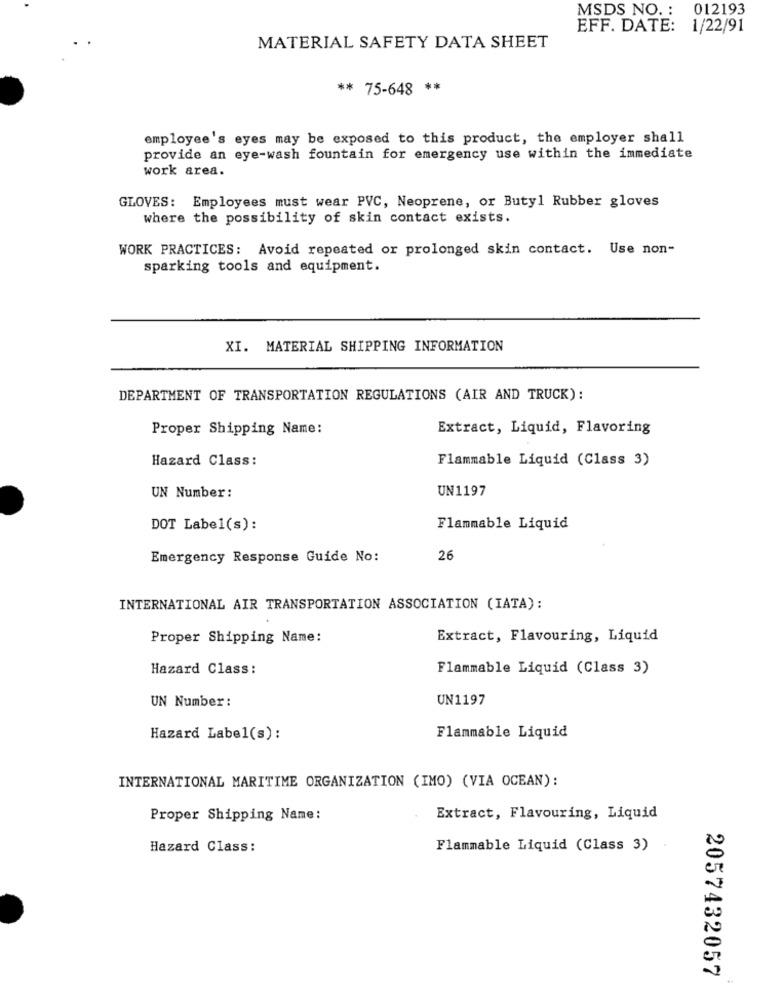
MSDS NO. : 012193
EFF. DATE: 1/22/91
MATERIAL SAFETY DATA SHEET
** 75-648 *
employee's eyes may be exposed to this product, the employer shall
provide an eye-wash fountain for emergency use within the immediate
work area.
GLOVES: Employees must wear PVC, Neoprene, or Butyl Rubber gloves
where the possibility of skin contact exists.
WORK PRACTICES: Avoid repeated or prolonged skin contact. Use non-
sparking tools and equipment.
XI. MATERIAL SHIPPING INFORMATION
DEPARTMENT OF TRANSPORTATION REGULATIONS (AIR AND TRUCK) :
Proper Shipping Name:
Extract, Liquid, Flavoring
Hazard Class:
Flammable Liquid (Class 3)
UN Number:
UN1197
DOT Label(s):
Flammable Liquid
Emergency Response Guide No:
26
INTERNATIONAL AIR TRANSPORTATION ASSOCIATION (IATA):
Proper Shipping Name:
Extract, Flavouring, Liquid
Hazard Class:
Flammable Liquid (Class 3)
UN Number:
UN1197
Hazard Label(s):
Flammable Liquid
INTERNATIONAL MARITIME ORGANIZATION (IMO) (VIA OCEAN):
Proper Shipping Name:
Extract, Flavouring, Liquid
Hazard Class:
Flammable Liquid (Class 3)
2057432057